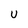
Character: U